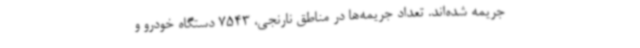
جریمه شده‌اند. تعداد جریمه‌ها در مناطق نارنجی، 7543 دستگاه خودرو و